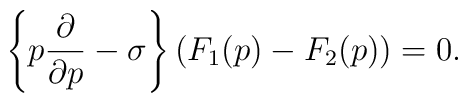
\left\{p\frac{\partial}{\partial p}-\sigma\right\}\left(F_1(p)-F_2(p)\right)=0.